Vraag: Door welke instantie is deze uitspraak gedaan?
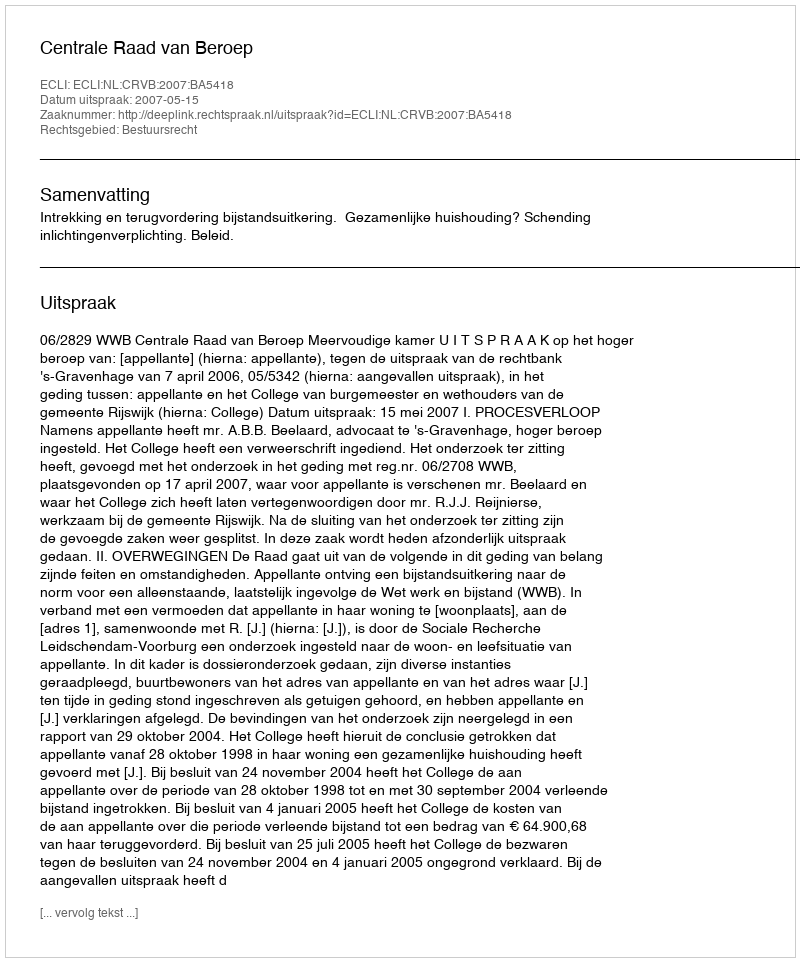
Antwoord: Centrale Raad van Beroep